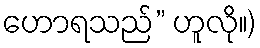
ဟောရသည်” ဟူလို။)